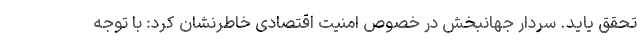
تحقق یاید. سردار جهانبخش در خصوص امنیت اقتصادی خاطرنشان کرد: با توجه